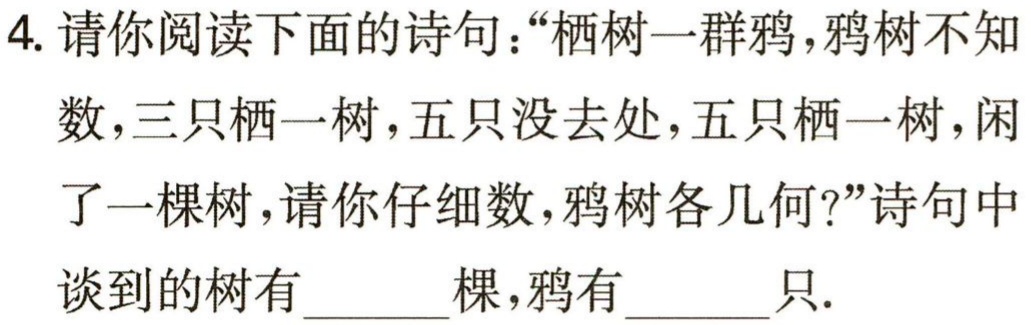
4. 请你阅读下面的诗句：“栖树一群鸦，鸦树不知

数，三只栖一树，五只没去处，五只栖一树，闲

了一棵树，请你仔细数，鸦树各几何?”诗句中

谈到的树有______棵，鸦有______只.